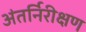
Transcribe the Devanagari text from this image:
अंतर्निरीक्षण